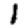
Digit: 1